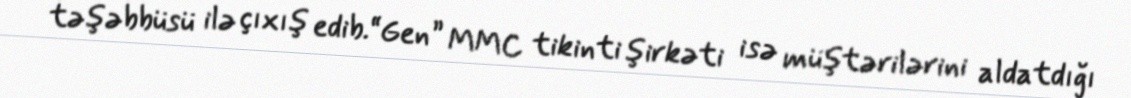
təşəbbüsü ilə çıxış edib.“Gen” MMC tikinti şirkəti isə müştərilərini aldatdığı